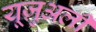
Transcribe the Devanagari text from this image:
यूज़ुअली